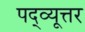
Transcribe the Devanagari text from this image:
पद्व्यूत्तर